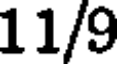
11/9